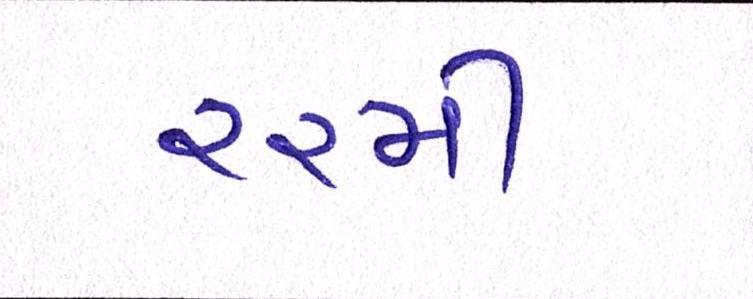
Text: ૨૨મી